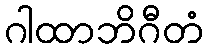
ဂါထာဘိဂီတံ